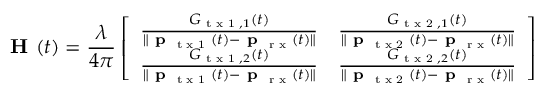
\textbf { H } ( t ) = \frac { \lambda } { 4 \pi } \left[ \begin{array} { l l } { \frac { G _ { \textrm { t x 1 } , 1 } ( t ) } { \| \textbf { p } _ { \textrm { t x 1 } } ( t ) - \textbf { p } _ { \textrm { r x } } ( t ) \| } } & { \frac { G _ { \textrm { t x 2 } , 1 } ( t ) } { \| \textbf { p } _ { \textrm { t x 2 } } ( t ) - \textbf { p } _ { \textrm { r x } } ( t ) \| } } \\ { \frac { G _ { \textrm { t x 1 } , 2 } ( t ) } { \| \textbf { p } _ { \textrm { t x 1 } } ( t ) - \textbf { p } _ { \textrm { r x } } ( t ) \| } } & { \frac { G _ { \textrm { t x 2 } , 2 } ( t ) } { \| \textbf { p } _ { \textrm { t x 2 } } ( t ) - \textbf { p } _ { \textrm { r x } } ( t ) \| } } \end{array} \right]